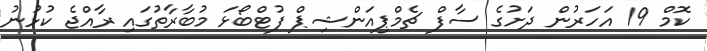
ކޮމް 19 އަހަރުން ދަށުގެ ސާފް ޗެމްޕިއަންޝިޕް ފުޓްބޯޅަ މުބާރާތުގައި ރާއްޖެ ކުޅުނު